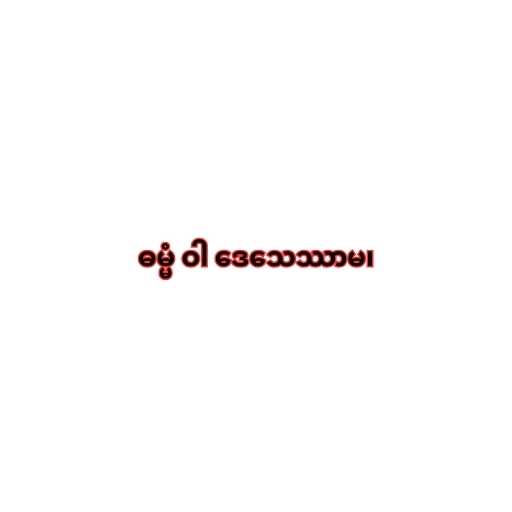
ဓမ္မံ ဝါ ဒေသေဿာမ၊